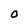
Character: O